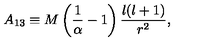
A _ { 1 3 } \equiv M \left( { \frac { 1 } { \alpha } } - 1 \right) { \frac { l ( l + 1 ) } { r ^ { 2 } } } ,